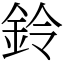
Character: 鈴